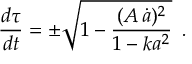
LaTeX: \frac { d \tau } { d t } = \pm \sqrt { 1 - \frac { ( A \, \dot { a } ) ^ { 2 } } { 1 - k a ^ { 2 } } } \, \, \, .